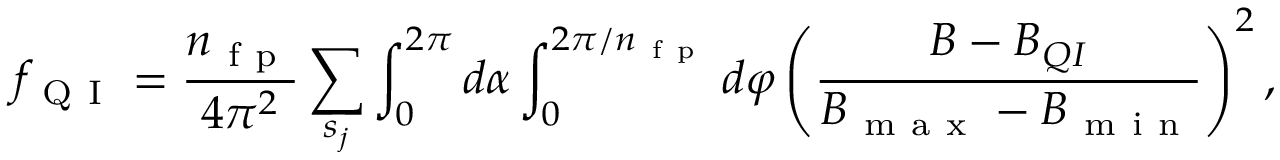
f _ { \mathrm { ~ Q ~ I ~ } } = \frac { n _ { \mathrm { ~ f ~ p ~ } } } { 4 \pi ^ { 2 } } \sum _ { s _ { j } } \int _ { 0 } ^ { 2 \pi } d \alpha \int _ { 0 } ^ { 2 \pi / n _ { \mathrm { ~ f ~ p ~ } } } d \varphi \left( \frac { B - B _ { Q I } } { B _ { \mathrm { ~ m ~ a ~ x ~ } } - B _ { \mathrm { ~ m ~ i ~ n ~ } } } \right) ^ { 2 } ,